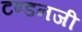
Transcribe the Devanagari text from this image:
टण्डनजी